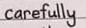
carefully